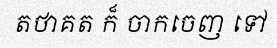
តថាគត ក៏ ចាកចេញ ទៅ